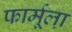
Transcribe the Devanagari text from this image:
फार्मूला़